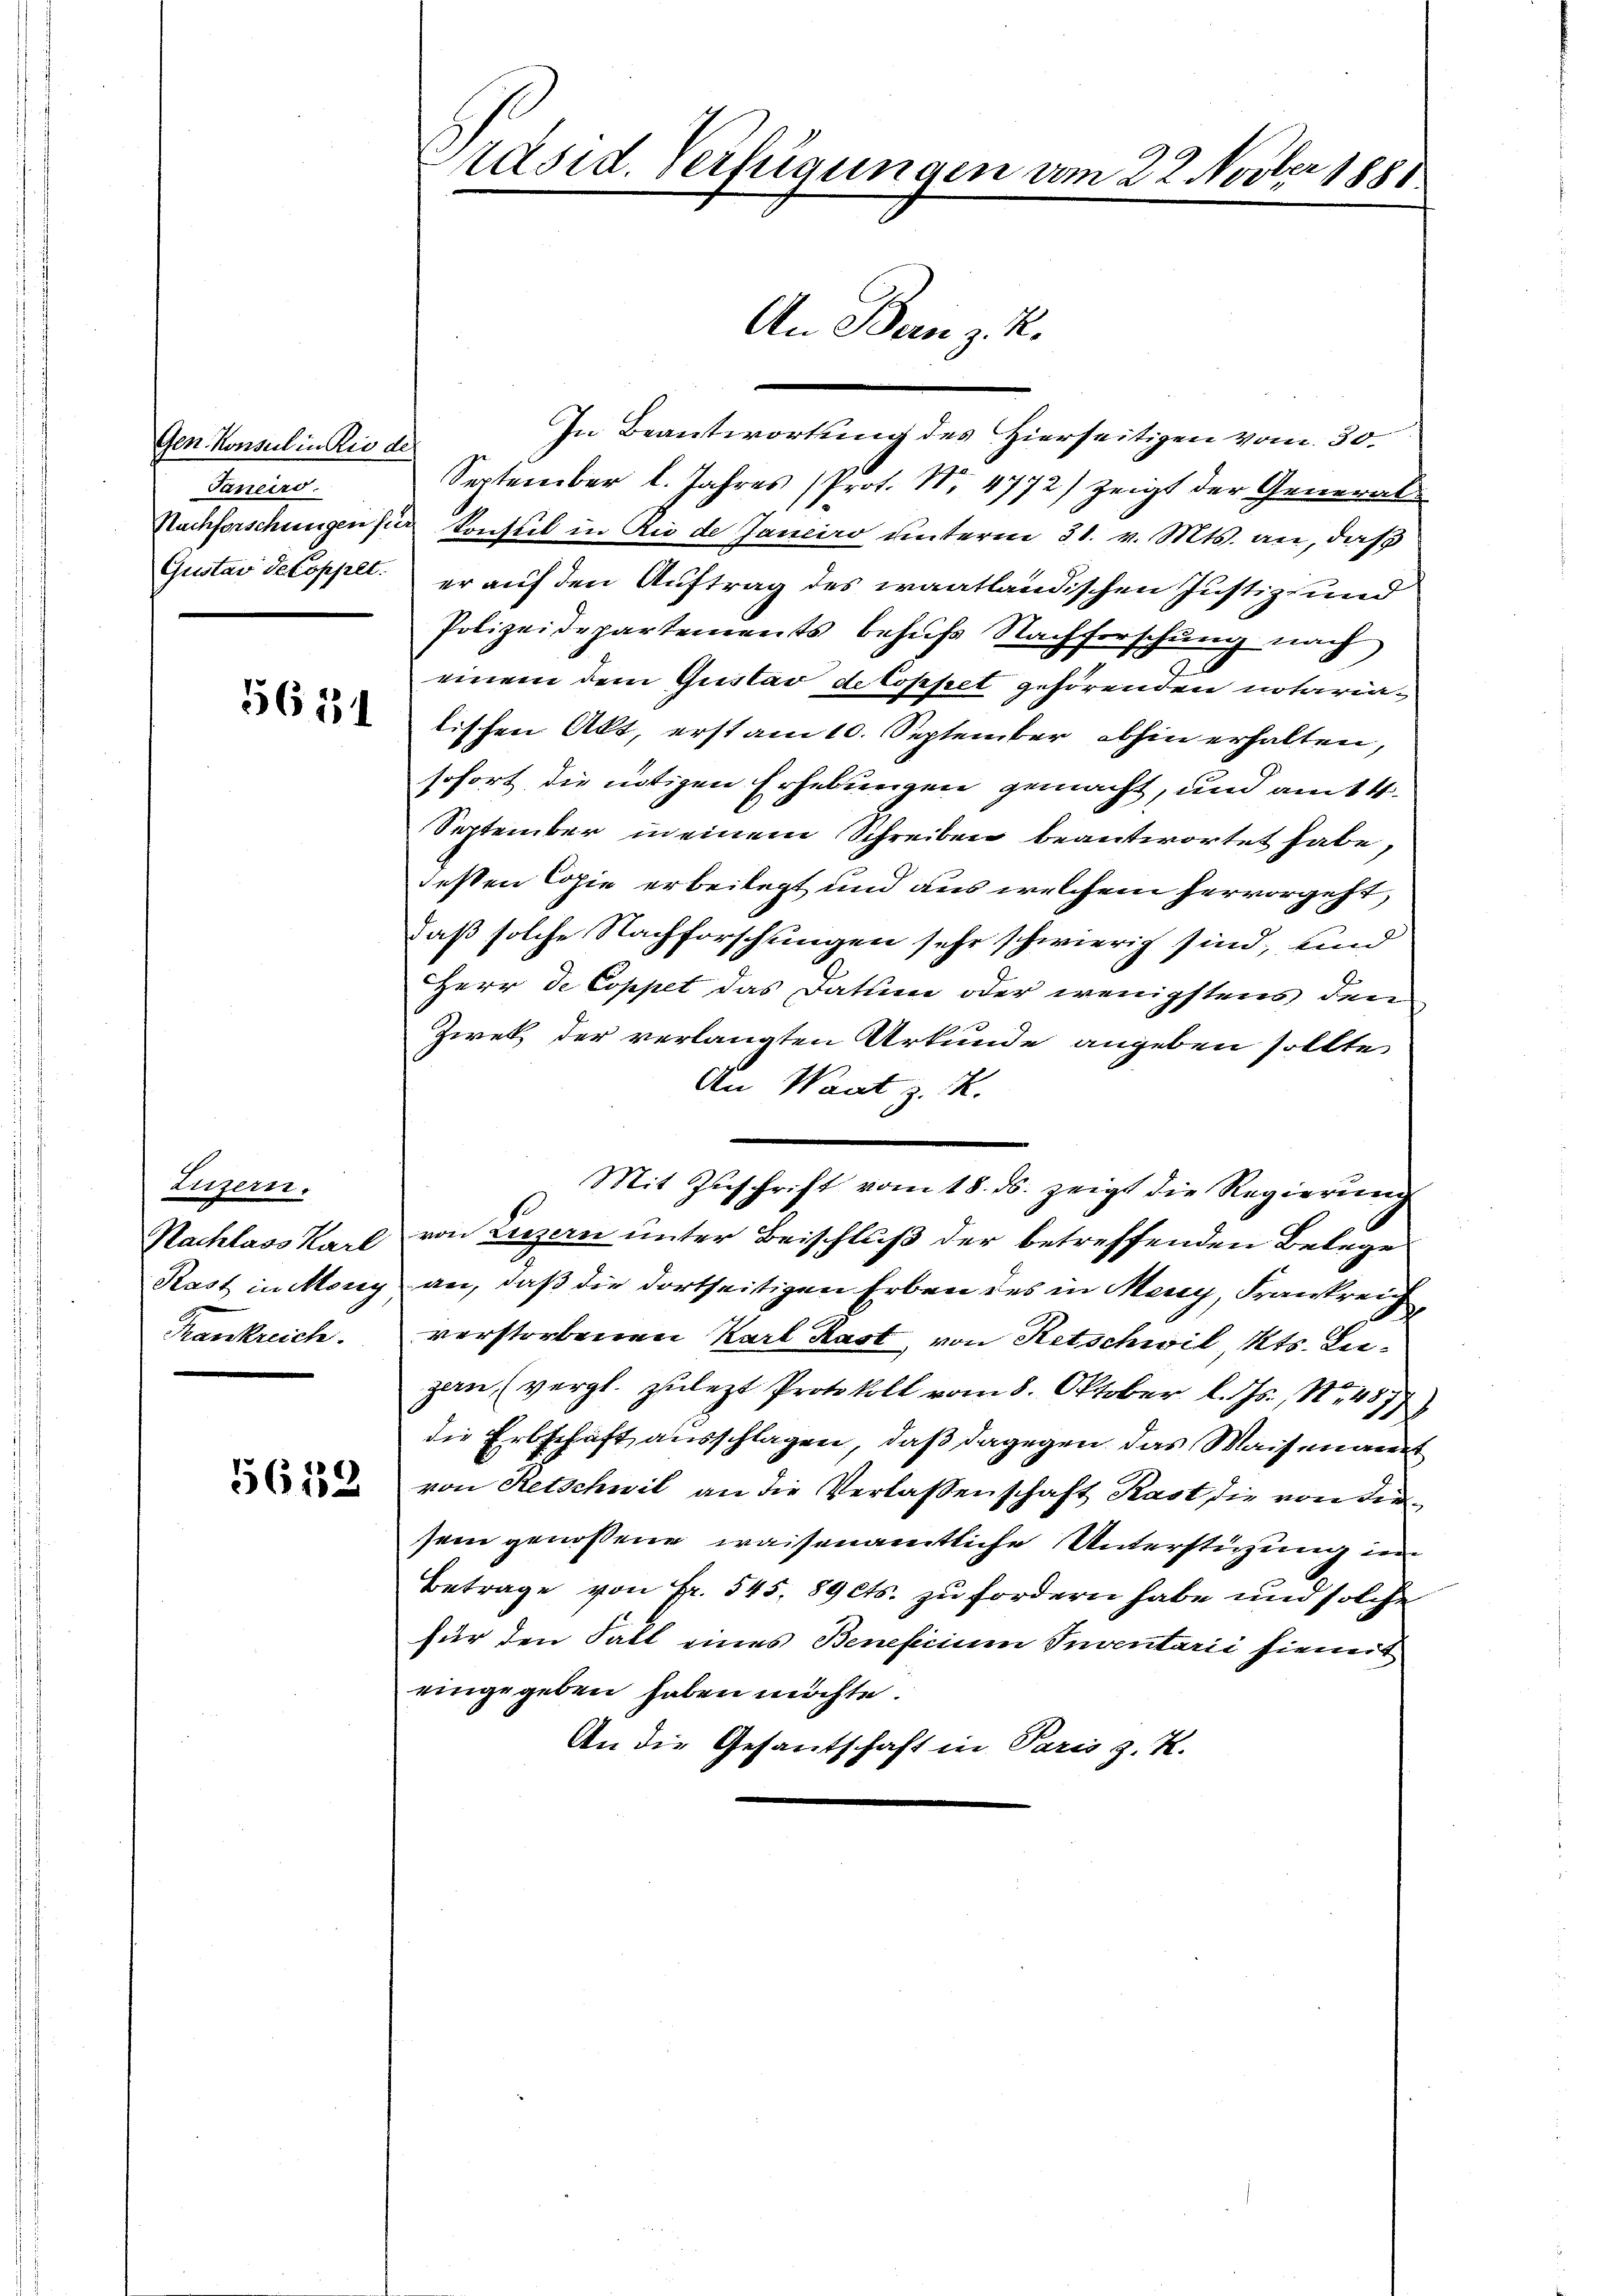
Gen. Konsul in Rio de
Janeiro.
Nachforschungen für
Gustav dekopplt.

5631

Luzern.
Nachlass Karl
Rast in Morig
Krankreich.

56152

.
räsid. Verfügungen am 22. Nover 1881

In Beantwortung des Hierseitigen vom 30.
September l. Jahres (Prot. Nr. 4772) zeigt der General¬
Konsul in Rio de Janeiro unterm 31. v. Mts. an, daß
er auf den Auftrag des waatländischen Justiz- und
Polizeidepartements behufs Nachforschung nach
einem dem Gustav detoppet gehörenden notarialischen Akt, erst am 10. September abhin erhalten,
sofort die nötigen Erhebungen gemacht, und am 14.
September in einem Schreiben beantwortet habe,
deßen Copie erbeilegt und aus welchem hervorgeht,
daß solche Nachforschungen sehr schwierig sind, und
Herr de Coppet das Datum oder wenigstens den
Zwek der verlangten Urkunde angeben sollte,
An Waat z. R.
Mit Zuschrift vom 18. ds. zeigt die Regierung
von Luzern unter Beischluß der betreffenden Belege
an, daß die dortseitigen Erben des in Meny, Frankreich
verstorbenen Karl Rast von Retschwil Kts. Luzan (vergl. zulezt Protokoll vom 8. Oktober l. Js., N. 457)
die Erbschaft ausschlagen, daß dagegen das Waisenamt
von Retschwil an die Verlassenschaft Rast die von diesein genossene waisenamtliche Unterstützung im
Betrage von Fr. 545. 89 cts. zu fordern habe und solche
für den Fall eines Beneficium Inventarii hieneit
eingegeben haben möchte.
An die Gesantschaft in Paris z. K.

An Banz. R.